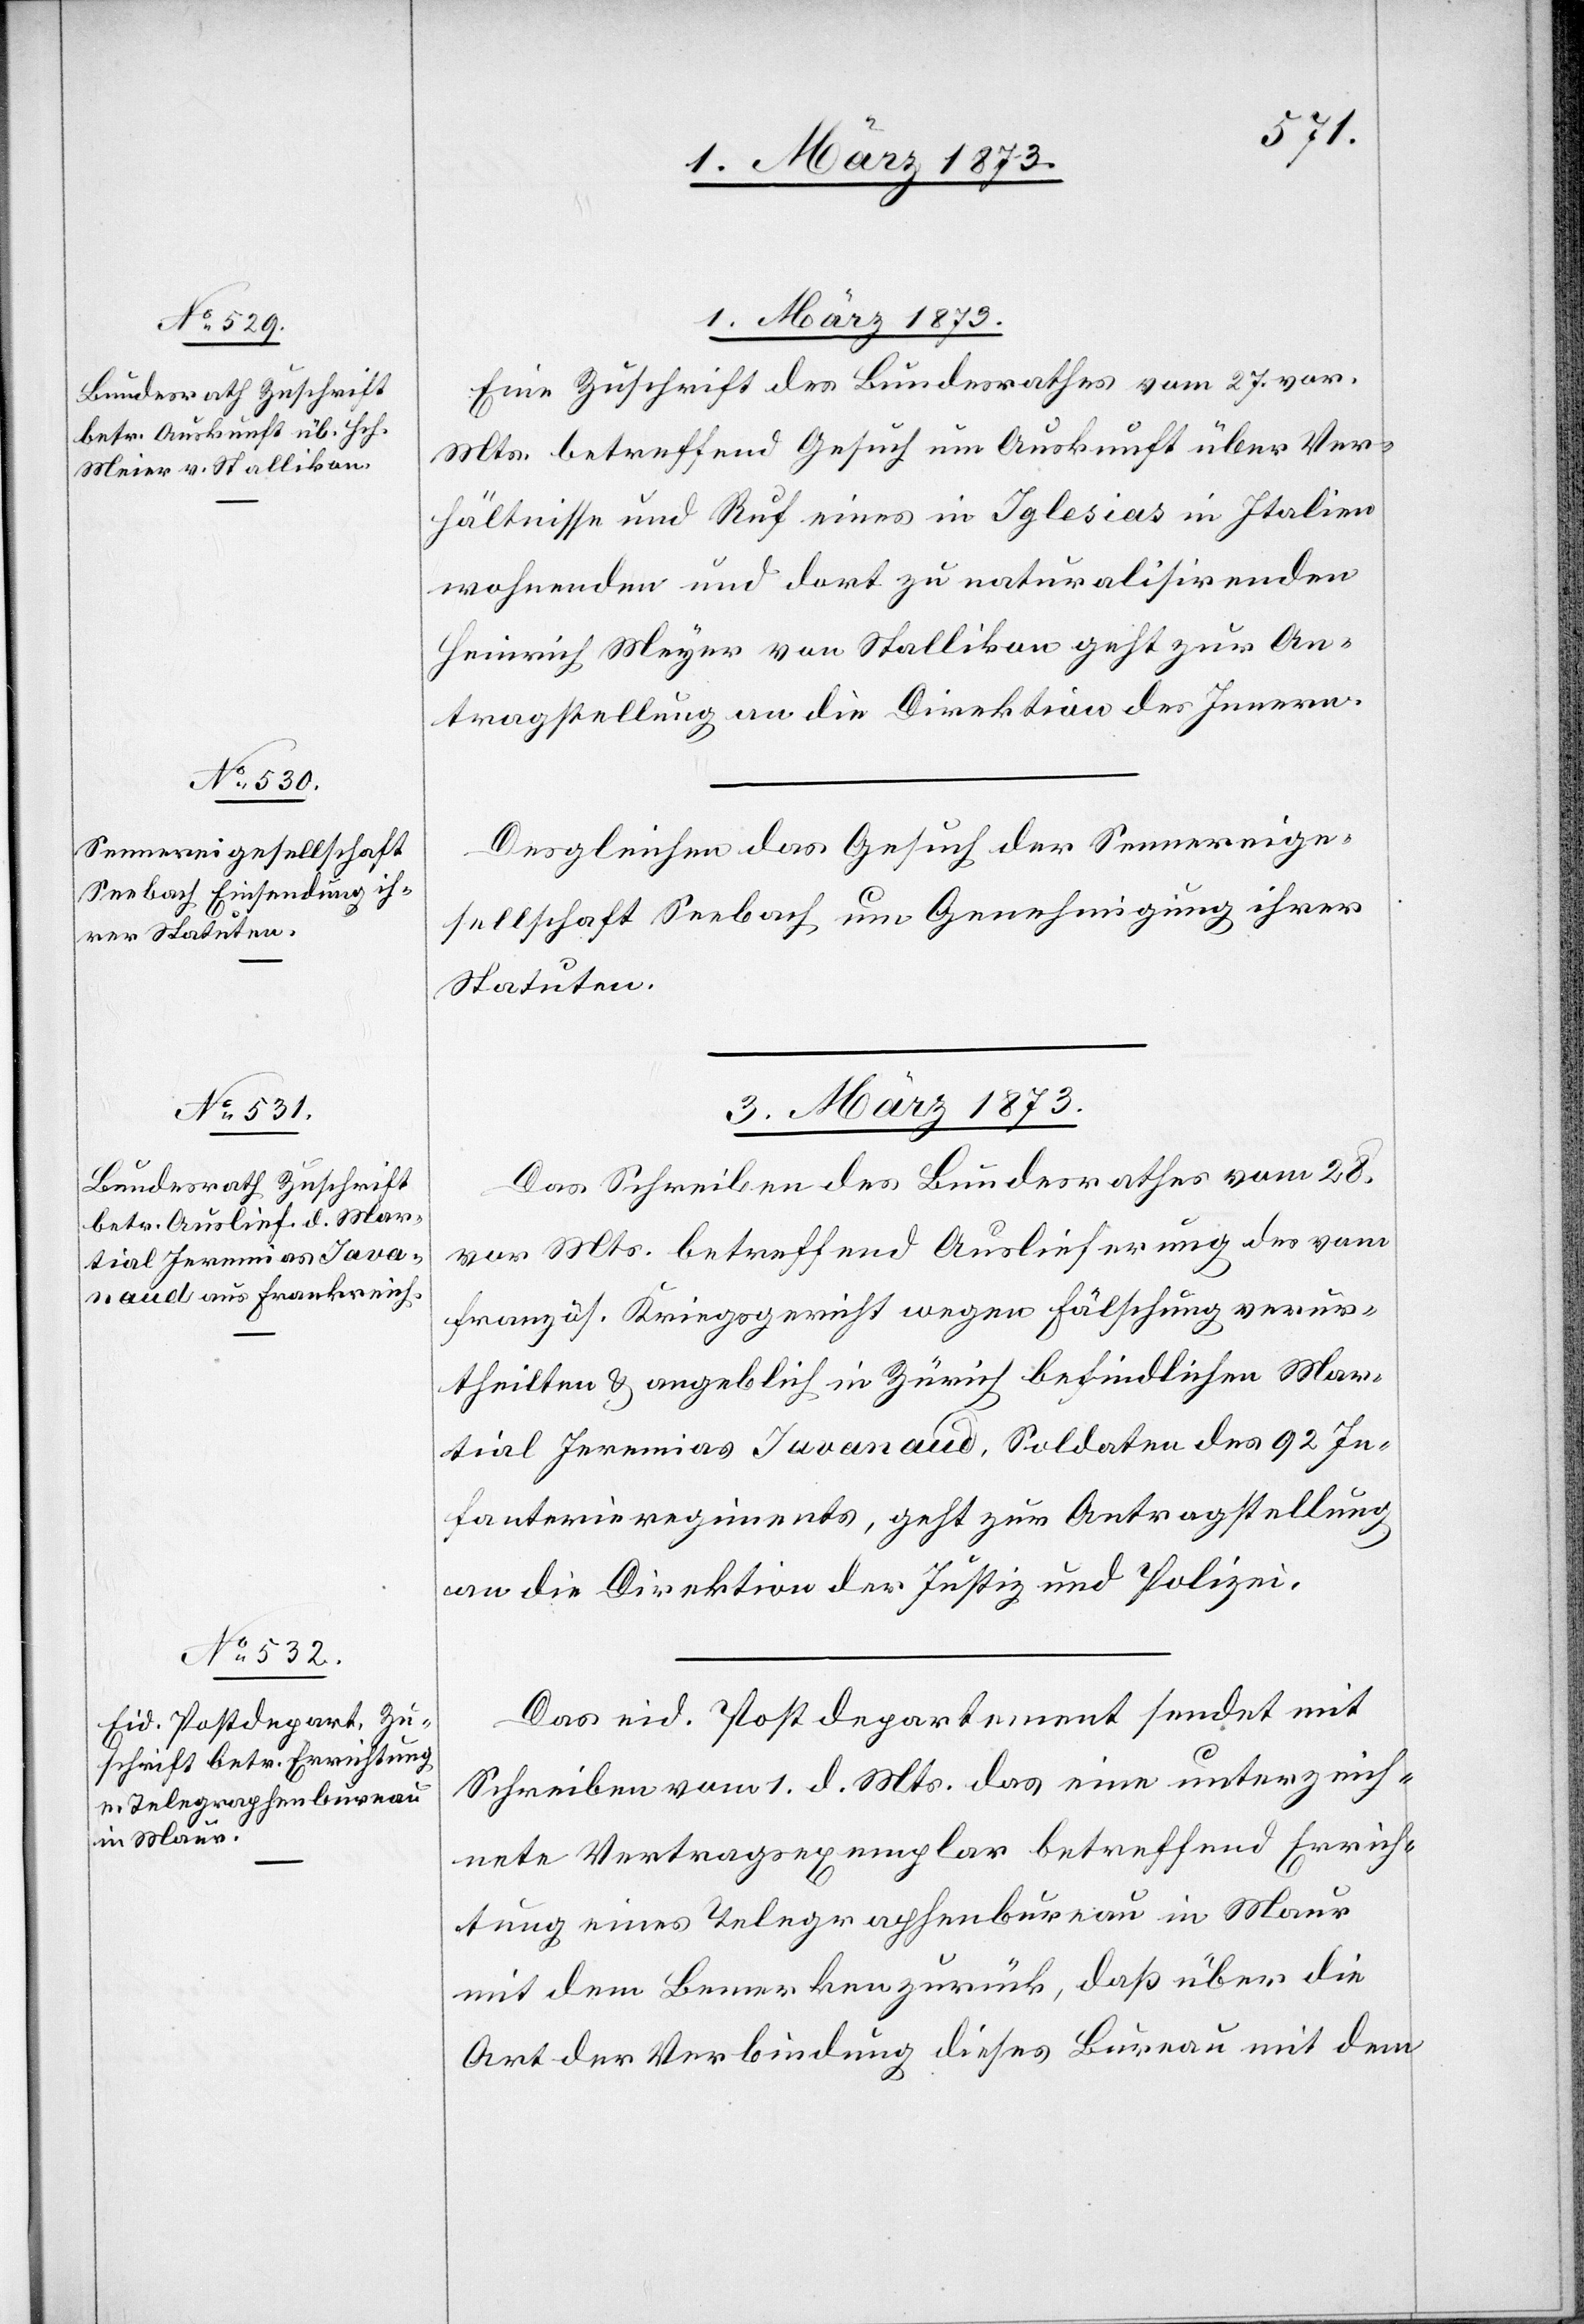
1. März 1873.]
Eine Zuschrift des Bundesrathes vom 27. vor.
Mts. betreffend Gesuch um Auskunft über Ver¬
hältnisse und Ruf eines in Iglesias in Italien
wohnenden und dort zu naturalisirenden
Heinrich Meyer [sic!] von Stallikon geht zur An¬
tragstellung an die Direktion des Innern.
Desgleichen das Gesuch der Sennereige¬
sellschaft Seebach um Genehmigung ihrer
Statuten.
3. März 1873.]
Das Schreiben des Bundesrathes vom 28.
vor. Mts. betreffend Auslieferung des vom
französ. Kriegsgericht wegen Fälschung verur¬
theilten u. angeblich in Zürich befindlichen Mar¬
tial Jeremias Javanaud, Soldaten des 92 In¬
fanterieregiments, geht zur Antragstellung
an die Direktion der Justiz und Polizei.
Das eid. Postdepartement sendet mit
Schreiben vom 1. d. Mts. das eine unterzeich¬
nete Vertragsexemplar betreffend Errich¬
tung eines Telegraphenbureau in Maur
mit dem Bemerken zurück, daß über die
Art der Verbindung dieses Bureau mit dem